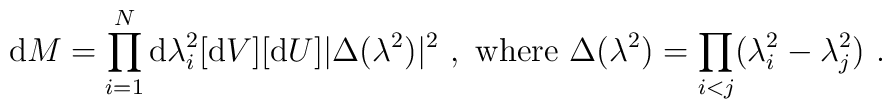
{\rm d}M=\prod_{i=1}^N{\rm d}\lambda_i^2[{\rm d}V][{\rm d}U]|\Delta(\lambda^2)|^2 \ , \ {\rm where} \ \Delta(\lambda^2)=\prod_{i<j}(\lambda_i^2-\lambda_j^2) \ .